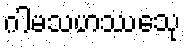
ဂါမသဟဿေသု